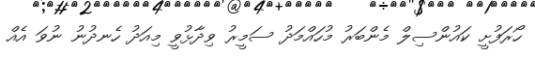
ހޯރަފުށީ ކައުންސިލް މެންބަރު މުހައްމަދު ސަމީރު ވިދާޅުވީ މިއަދު ހެނދުނު ނުވަ އެއް